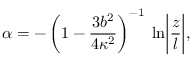
\alpha = - \left( 1 - \frac { 3 b ^ { 2 } } { 4 \kappa ^ { 2 } } \right) ^ { - 1 } \: \ln \biggl | \frac { z } { l } \biggr | ,